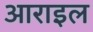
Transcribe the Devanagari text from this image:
आराइल